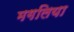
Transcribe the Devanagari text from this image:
मगलिया